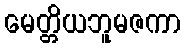
မေတ္တိယဘူမဇကာ